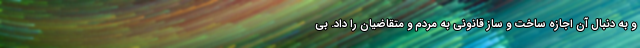
و به دنبال آن اجازه ساخت و ساز قانونی به مردم و متقاضیان را داد. بی